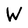
Character: W